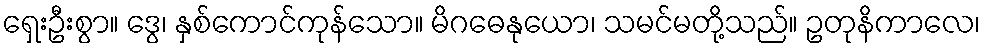
ရှေးဦးစွာ။ ဒွေ၊ နှစ်ကောင်ကုန်သော။ မိဂဓေနုယော၊ သမင်မတို့သည်။ ဥတုနိကာလေ၊